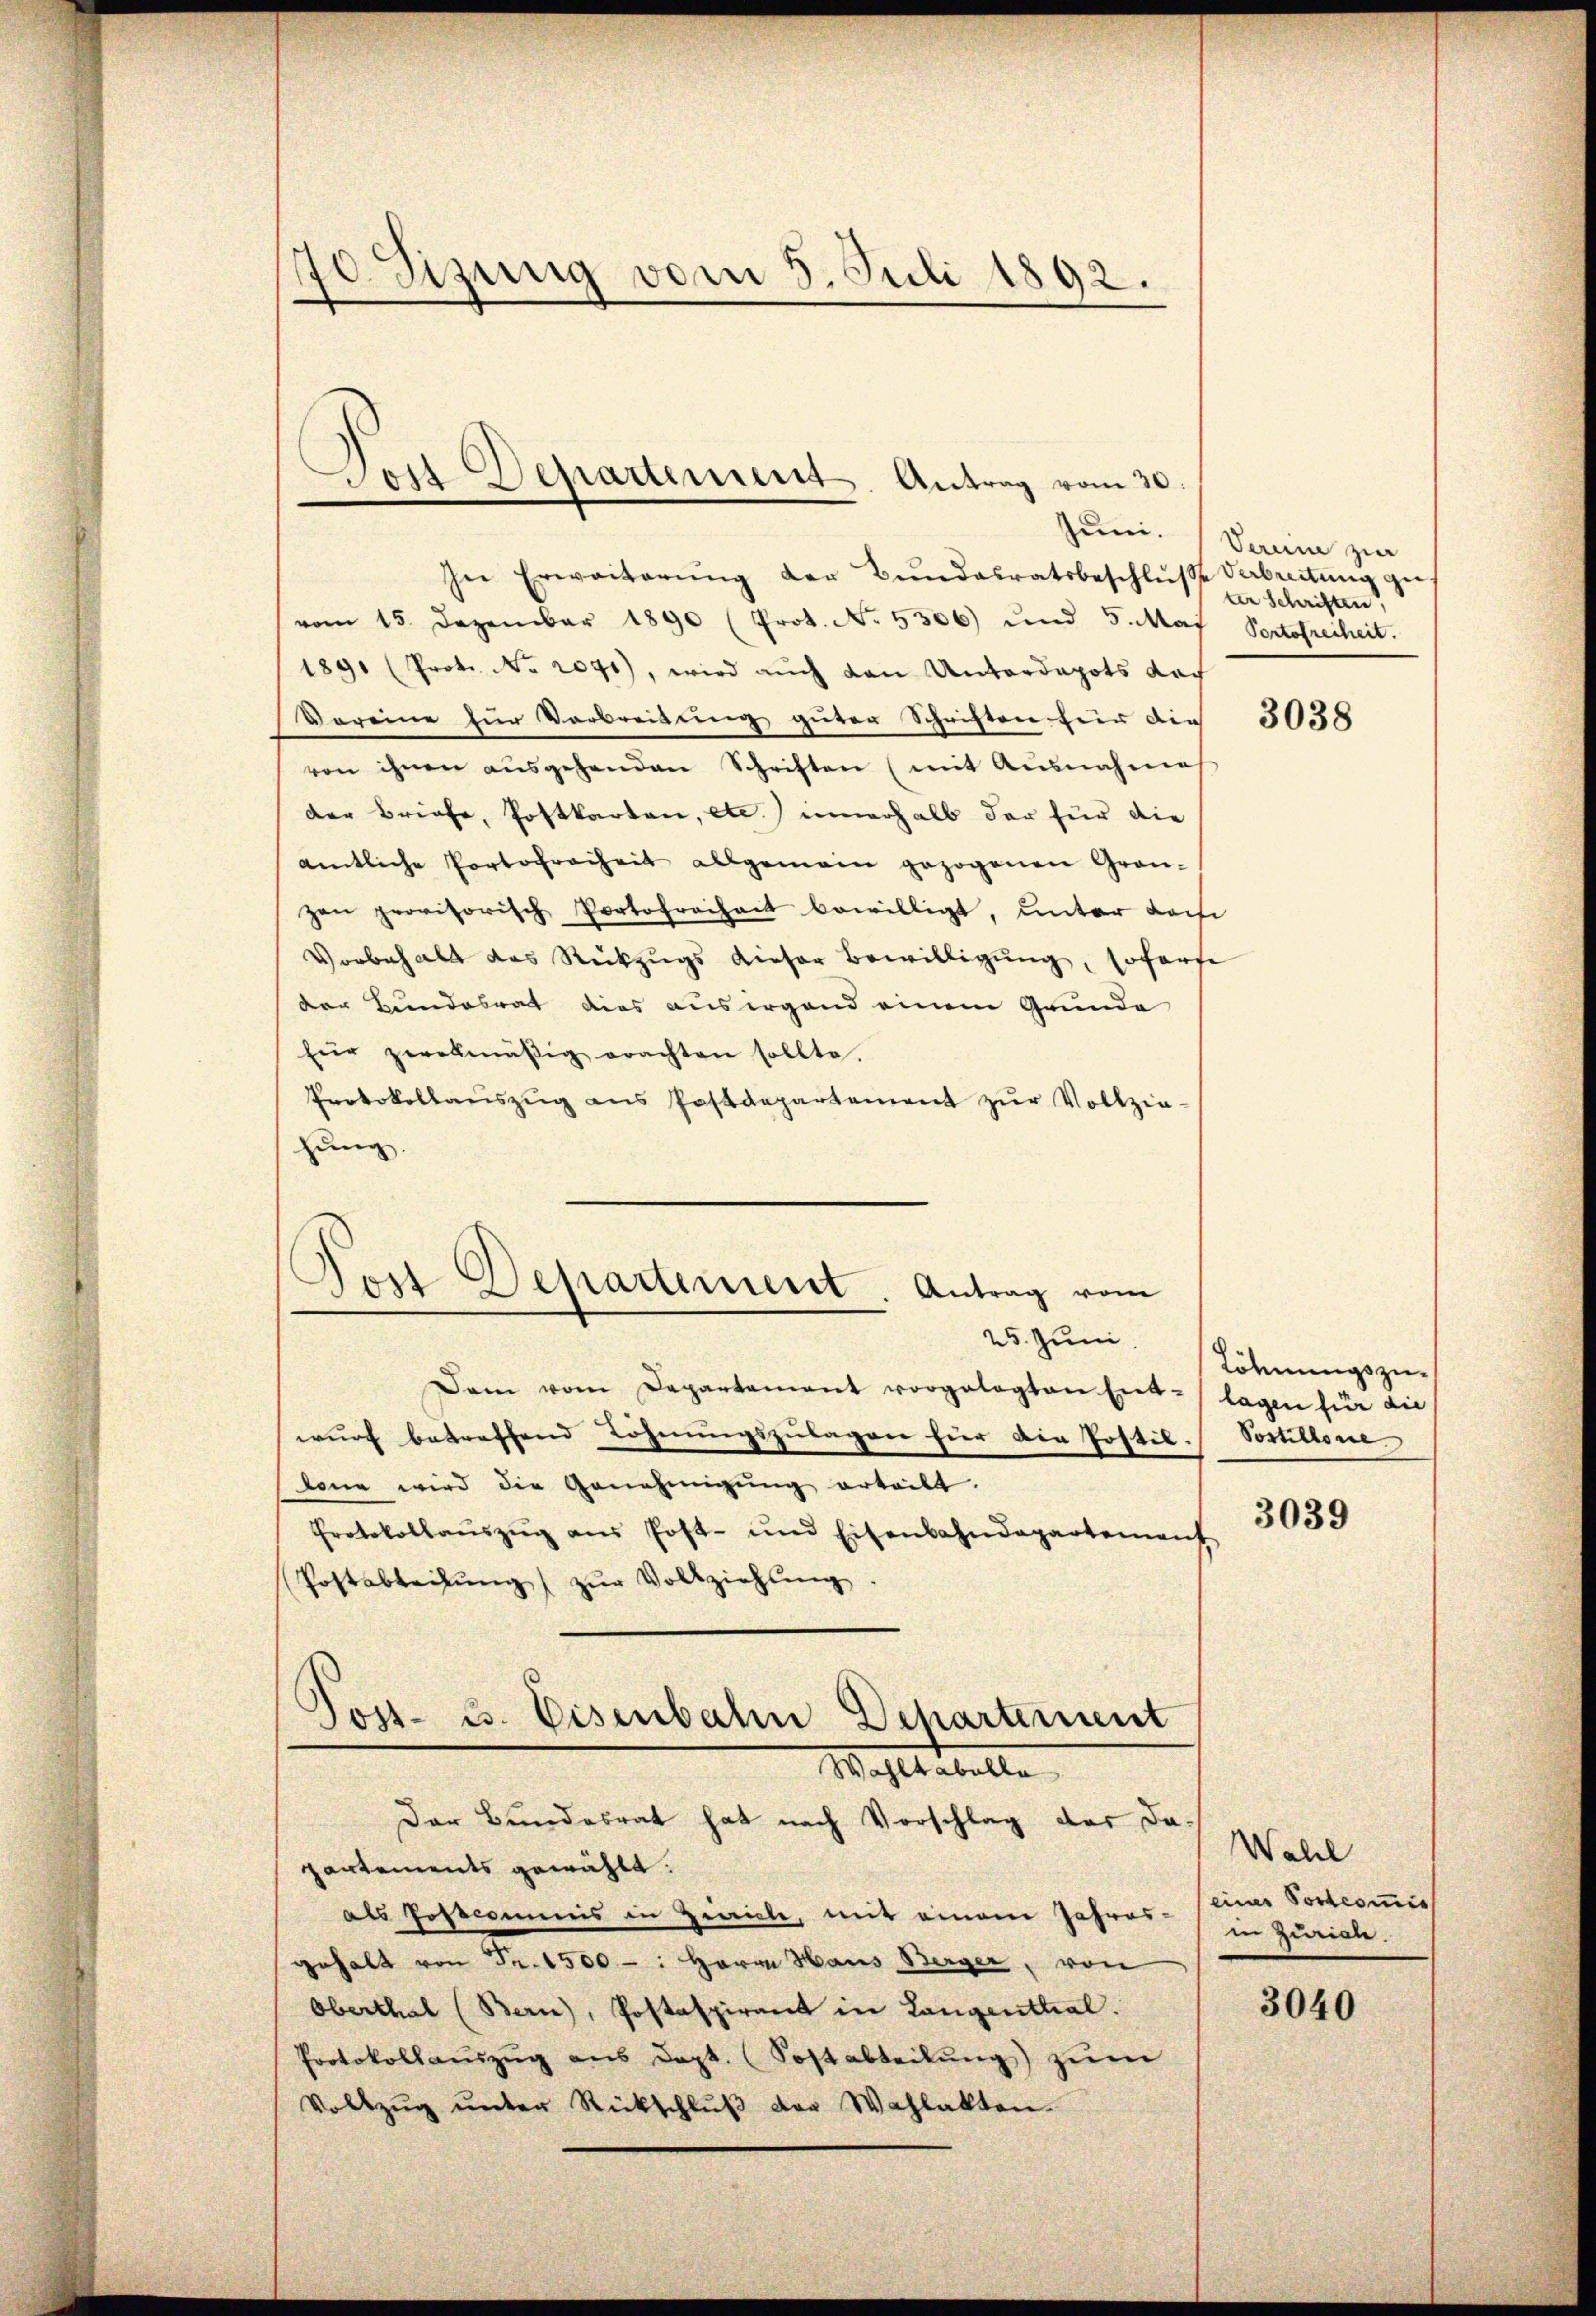
70 Sizung vom 5. Juli 1892.

In Erweiterŭng der Bŭndesratsbeschlŭβe arbeitŭng gevom 15. Dezember 1890 (Prot. No. 5306) und 5. Mai Portofreiheit.
1891 (Prot. No. 2091), wird auch von Unterdapots doch
Voreine zŭr Verbreitŭng güter Schriften für die 3058
von ihnen aŭsgehenden Schriften (mit Ausnahme
der Briefe, Postkarten, etc.) innerhalb der für die
amtliche Portofreiheit allgemein gezogenen Gran-
zan provisorisch Portofreiheit bewilligt, unter Loch
Vorbehalt das Rückzŭgs dieser Bewilligŭng, soforte
der Bundesrat dies aus irgend einem Grunde
für zwekmäßig erachten sollte.
Protokollaŭszŭg ans Postdepartement zŭr Vollzie-
hung.
25. Juni.
Dam vom Departamant vorgelegten Ent-/ lagen für die
wurf betreffend Löhnungszulagen hier die Postil-Postillonie
lonn wird die Genehmigŭng erteilt.
Protokollauszug aus Post- und Eisenbahndepartement
Postabteilung zur Vollziehung
Post- 3. Eisenbahn Departement
Wahltabella
Der Bundesrat hat nach Vorschlag das dapartements gewählt:
als Postcommis in Hinricle, mit einem Jahres-Beiner Postcommis
gehalt von Fr. 1500 - : Herrn Haus Berger, von
Oberthal (Bern, Postaspirant in Langenthal.
Protokollaŭszŭg aŭs dept. (Sostabteilŭng zŭm
Vollzŭg ŭnter Rückschlŭβ der Wahlakten.

Der Departement. Antrag vom 30.

Dort Departement. Antrag vom

Jun. (Saum zur
ter Schriften,

Löhnungszu¬

3039

Wall
in Zürich.

3040